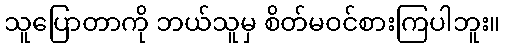
သူပြောတာကို ဘယ်သူမှ စိတ်မဝင်စားကြပါဘူး။